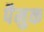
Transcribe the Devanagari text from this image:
पैमुक